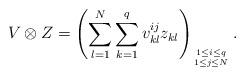
LaTeX: \begin{align*} V\otimes Z=\left(\displaystyle\sum_{l=1}^{N}\displaystyle\sum_{k=1}^{q}v_{kl}^{ij}z_{kl}\right)_{1\leq i\leq q\atop 1\leq j\leq N}.\end{align*}